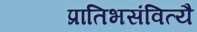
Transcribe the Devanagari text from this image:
प्रातिभसंवित्यै